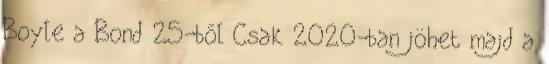
Boyle a Bond 25-ből Csak 2020-ban jöhet majd a